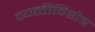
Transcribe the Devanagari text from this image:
व्यक्तीविशेष